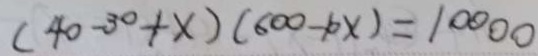
( 4 0 - 3 0 + x ) ( 6 0 0 - 1 0 x ) = 1 0 0 0 0